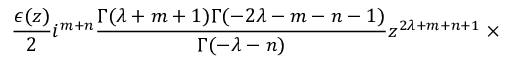
\frac { \epsilon ( z ) } { 2 } i ^ { m + n } \frac { \Gamma ( \lambda + m + 1 ) \Gamma ( - 2 \lambda - m - n - 1 ) } { \Gamma ( - \lambda - n ) } z ^ { 2 \lambda + m + n + 1 } \; \times